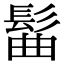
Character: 髷